Mental hospitals Bombay report 1921-28 - 1921-1928
Year: 1921
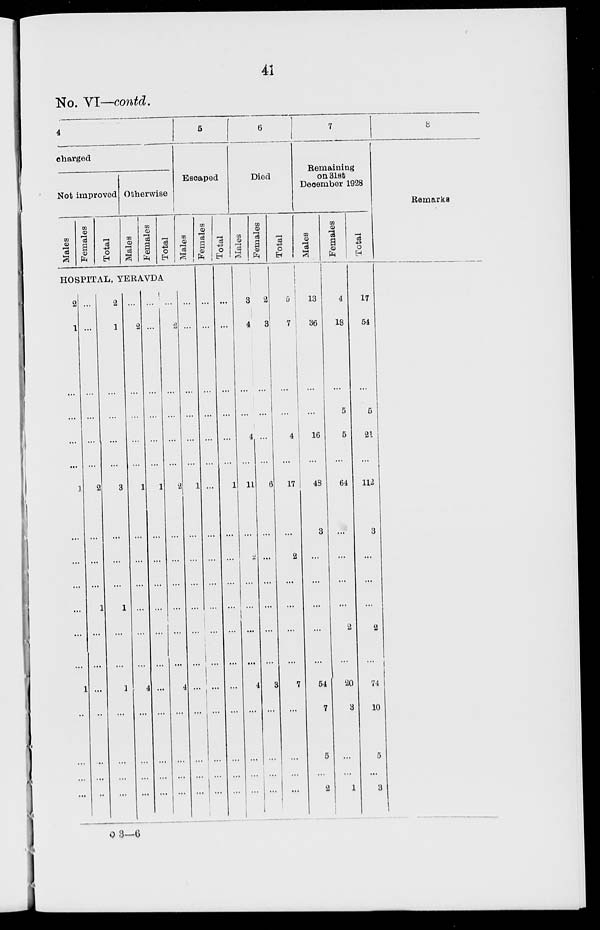
41
No. VI—contd.
4
charged
Not improved
Males
Females
Total
Otherwise
Males
Females
Total
HOSPITAL, YERAVDA
2
1
...
...
...
...
1
...
...
...
...
...
...
1
...
...
...
...
...
...
...
...
...
...
2
...
...
...
1
...
...
...
...
...
...
2
1
...
...
...
...
3
...
...
...
1
...
...
1
...
...
...
...
...
2
...
...
...
...
1
...
...
...
...
...
...
4
...
...
...
...
...
...
...
...
...
...
1
...
...
...
...
...
...
...
...
...
...
...
...
2
...
...
...
...
2
...
...
...
...
...
...
4
...
...
...
...
5
Escaped
Males
...
...
...
...
...
...
1
...
...
...
...
...
...
...
...
...
...
...
Females
...
...
...
...
...
...
...
...
...
...
...
...
...
...
...
...
...
...
Total
...
...
...
...
...
...
1
...
...
...
...
...
...
...
...
...
...
...
6
Died
Males
3
4
...
...
4
...
11
...
2
...
...
...
...
4
...
...
...
...
Females
2
3
...
...
...
...
6
...
...
...
...
...
...
3
...
...
...
...
Total
5
7
...
...
4
...
17
...
2
...
...
...
...
7
...
...
...
...
7
Remaining
on 31st
December 1928
Males
13
36
...
...
16
...
48
3
...
...
...
...
...
54
7
5
...
2
Females
4
18
...
5
5
...
64
...
...
...
...
2
...
20
3
...
...
1
Total
17
54
...
5
21
...
112
3
...
...
...
2
...
74
10
5
...
3
8
Remarks
o 3—6